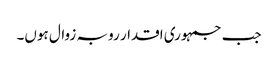
جب جمہوری اقدار رو بہ زوال ہوں۔